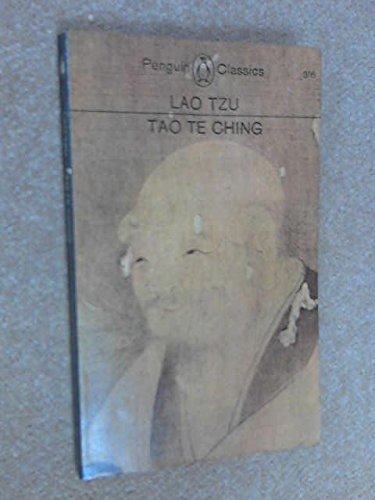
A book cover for Tao Te Ching; Tao Te Ching; Religion & Spirituality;